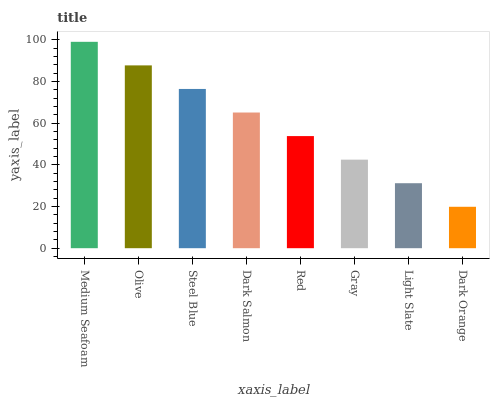
| xaxis_label | bars |
 | --- | --- |
 | Medium Seafoam | 99 |
 | Olive | 87.7 |
 | Steel Blue | 76.4 |
 | Dark Salmon | 65.1 |
 | Red | 53.8 |
 | Gray | 42.5 |
 | Light Slate | 31.2 |
 | Dark Orange | 19.9 |